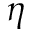
\eta